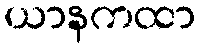
ယာနကထာ